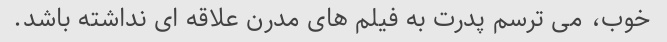
خوب، می ترسم پدرت به فیلم های مدرن علاقه ای نداشته باشد.